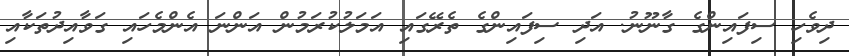
ދިވެހި ސިފައިންގެ ގާނޫނު. އަދި ސިފައިންގެ ތެރޭގައި އަމަލުކުރަމުން އަންނަ އެންމެހައި ގަވާއިދުތަކާއި